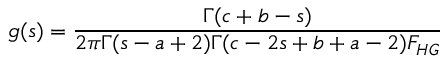
\ g ( s ) = \frac { \Gamma ( c + b - s ) } { 2 \pi \Gamma ( s - a + 2 ) \Gamma ( c - 2 s + b + a - 2 ) F _ { H G } }